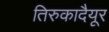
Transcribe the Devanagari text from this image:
तिरुकादैयूर